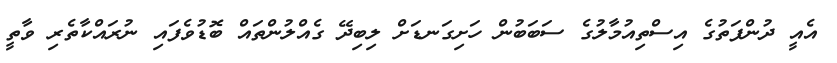
އެއީ ދުންފަތުގެ އިސްތިއުމާލުގެ ސަބަބުން ހަށިގަނޑަށް ލިބިދޭ ގެއްލުންތައް ބޮޑުވެފައި ނުރައްކާތެރި ވާތީ